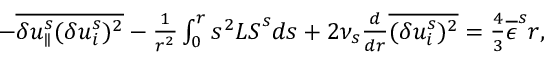
\begin{array} { r } { - \overline { { \delta u _ { \parallel } ^ { s } ( \delta u _ { i } ^ { s } ) ^ { 2 } } } - \frac { 1 } { r ^ { 2 } } \int _ { 0 } ^ { r } s ^ { 2 } { \cal L S } ^ { s } d s + 2 \nu _ { s } \frac { d } { d r } \overline { { ( \delta u _ { i } ^ { s } ) ^ { 2 } } } = \frac { 4 } { 3 } \overline { { \epsilon } } ^ { s } r , } \end{array}